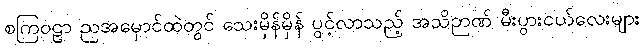
စကြဝဠာ ညအမှောင်ထဲတွင် သေးမှိန်မှိန် ပွင့်လာသည့် အသိဉာဏ် မီးပွားငယ်လေးများ